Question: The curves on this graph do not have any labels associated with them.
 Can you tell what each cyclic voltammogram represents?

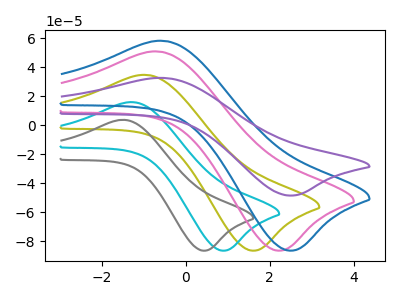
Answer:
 <answer>The olive curve does not have a label. The cyan curve does not have a label. The gray curve does not have a label. The pink curve does not have a label. The blue curve does not have a label. The purple curve does not have a label.</answer>
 <eval></eval>